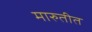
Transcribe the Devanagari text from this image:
मारुतीत